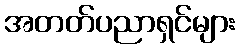
အတတ်ပညာရှင်များ